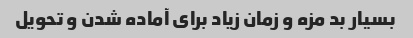
بسیار بد مزه و زمان زیاد برای آماده شدن و تحویل